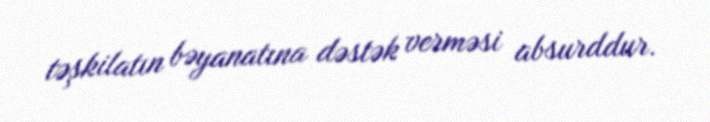
təşkilatın bəyanatına dəstək verməsi absurddur.